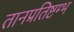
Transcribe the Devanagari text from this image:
तानप्रतिष्टम्भ